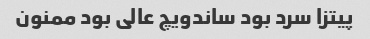
پیتزا سرد بود ساندویچ عالی بود ممنون